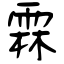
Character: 霖